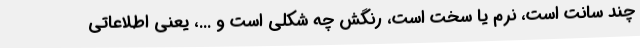
چند سانت است، نرم یا سخت است، رنگش چه شکلی است و ...، یعنی اطلاعاتی